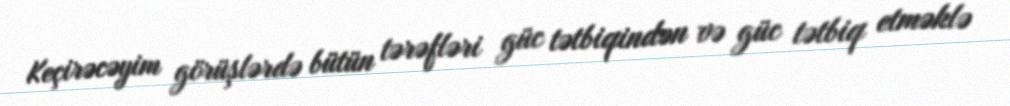
Keçirəcəyim görüşlərdə bütün tərəfləri güc tətbiqindən və güc tətbiq etməklə